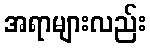
အရာများလည်း